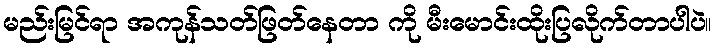
မည်းမြင်ရာ အကုန်သတ်ဖြတ်နေတာ ကို မီးမောင်းထိုးပြလိုက်တာပါပဲ။